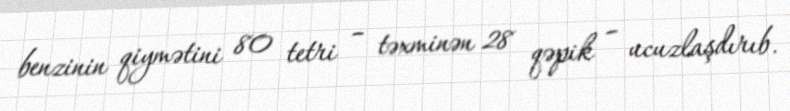
benzinin qiymətini 80 tetri – təxminən 28 qəpik – ucuzlaşdırıb.